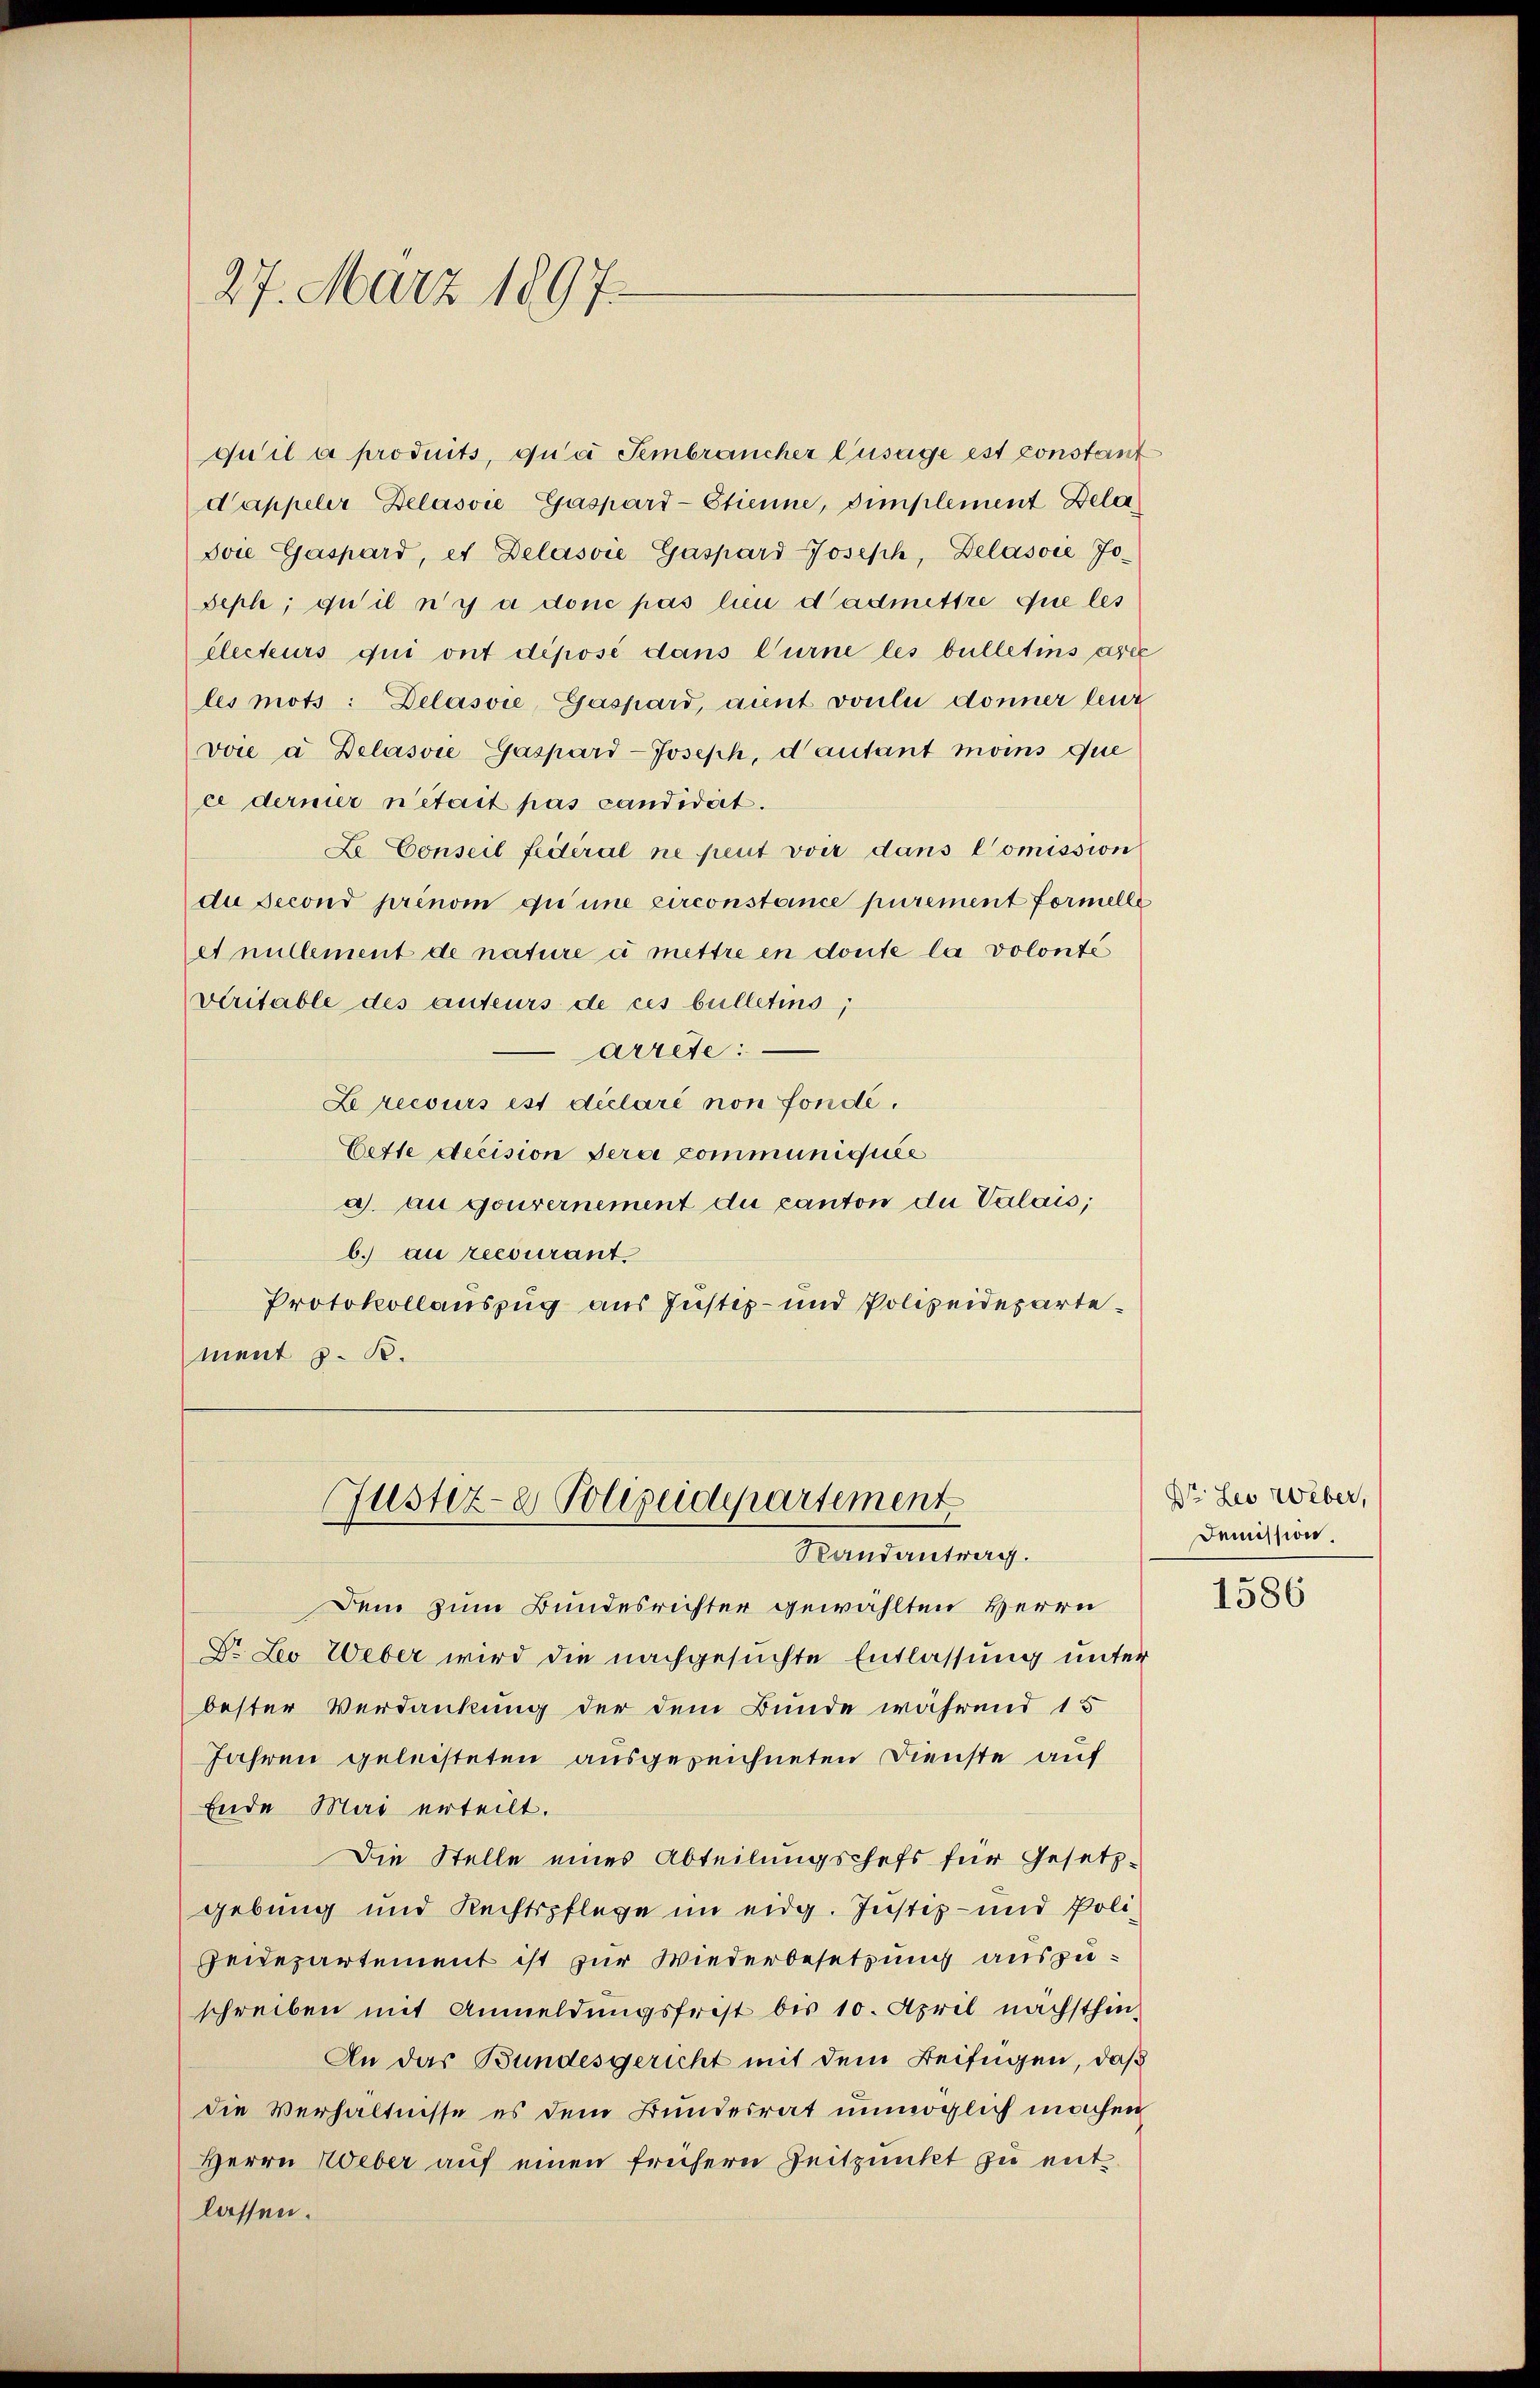
27. März 1897.

quil a produits, qua Fembrancher Zusage est constant
dappeler Belasvie Gaspard-Etienne, Simplement Dela
Svie Gaspard, es Delasvie Gaspard-Joseph, Delásoie Jo-
Seph; qu il n’y a donc pas lieu d’admettre que les
électeurs qui ont déposé dans Turne les bulletins avec
les mots: Delasvie, Gaspard, annt voulu donner leur
voie a. Delasvie Gaspard-Joseph, d’autant moins que
ce dernier n’était pas candidat.
Le Conseil fédéral ne peut voir dans l’omission
de second prinom que une circonstance purement formelle
et nullement de nature à mettre en doute la volonté
veritable des auteurs de ces bulletins;
arrete.
Lrecours est déclaré non fondé.
Cette decision sera communiquée
a au gouvernement du canton du Valais;
b.) au recourant.
Protokollauszug aus Justiz- und Polizeidepartement z. B.

Justiz- & Polizeidepartement
Randantrag.

Dem zum Bundesrichter gewählten Herrn
Dr. Leo Weber wird die nachgesuchte Entlassung unter
bester Verdankung der dem Bunde während 15
Jahren geleisteten ausgezeichneten Dienste auf
Ende Mai erteilt.
Die Stelle eines Abteilungschefs für Gesetz-
gebung und Rechtspflege im eidg. Justiz- und Poli¬
Zeidepartement ist zur Wiederbesetzung auszuschreiben mit Anmeldungsfrist bis 10. April nächsthin
An das Bundesgericht mit dem Beifügen, daß
die Verhältnisse es dem Bundesrat unmöglich machen
Herrn Weber auf einen frühern Zeitpunkt zu entlassen.

Str. Leo Weber,
Demission

1586